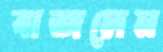
বাজলেন